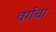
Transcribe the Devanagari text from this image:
वर्गचा